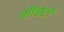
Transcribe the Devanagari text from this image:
सीनेटों